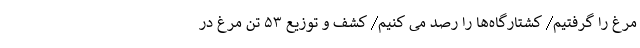
مرغ را گرفتیم/ کشتارگاه‌ها را رصد می کنیم/ کشف و توزیع ۵۳ تن مرغ در